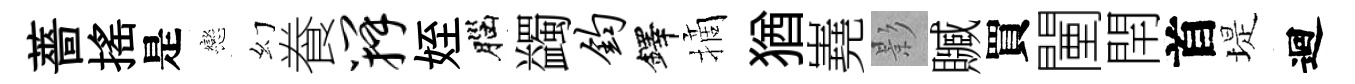
薔揺是戀幻飬瓣姪腦蠲钧鐸摘猶嶤影贓買闉閈首堤迴